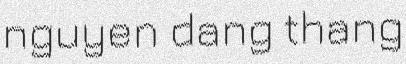
nguyen dang thang